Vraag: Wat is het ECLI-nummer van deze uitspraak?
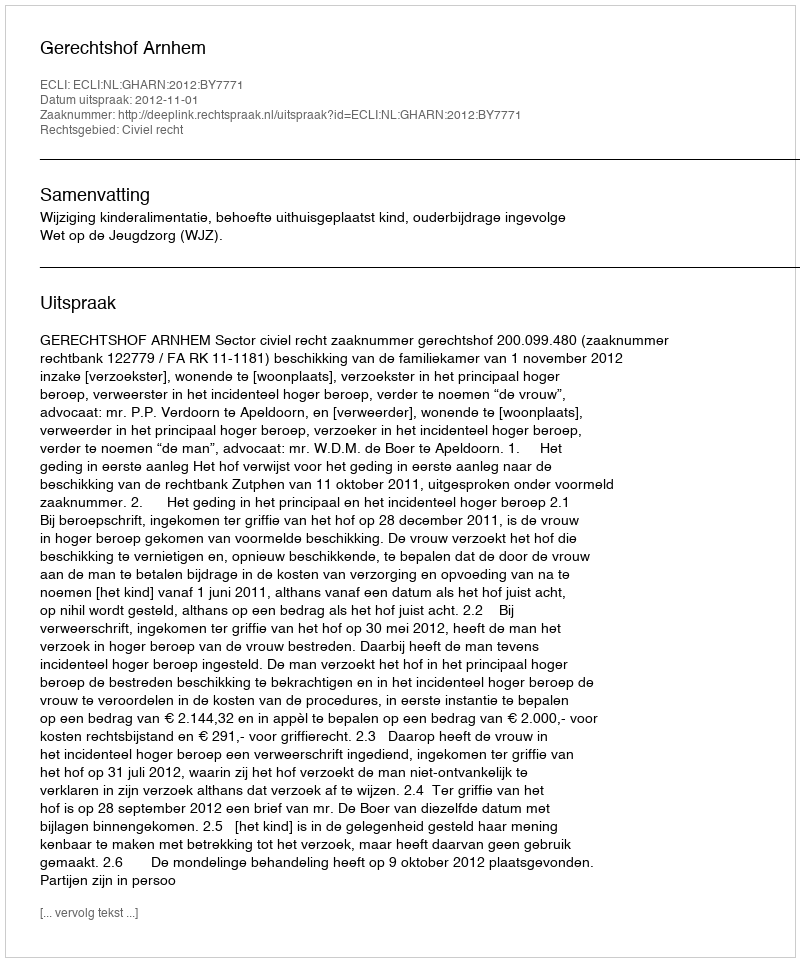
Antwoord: ECLI:NL:GHARN:2012:BY7771